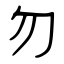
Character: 勿